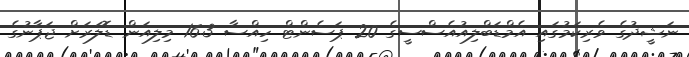
ނަޝީދުގެ ވެރިކަމުގައި އެމްޑަބްލިއުއެސްސީގެ 20 ޕަސެންޓް ހިއްސާ 16.3 މިލިއަން ޑޮލަރަށް ޖަޕާނުގެ